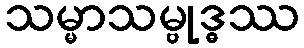
သမ္မာသမ္ဗုဒ္ဓဿ